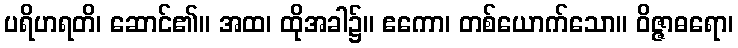
ပရိဟရတိ၊ ဆောင်၏။ အထ၊ ထိုအခါ၌။ ဧကော၊ တစ်ယောက်သော။ ဝိဇ္ဇာဓရော၊